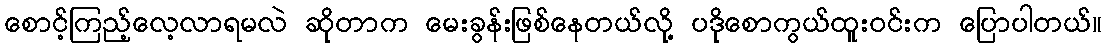
စောင့်ကြည့်လေ့လာရမလဲ ဆိုတာက မေးခွန်းဖြစ်နေတယ်လို့ ပဒိုစောကွယ်ထူးဝင်းက ပြောပါတယ်။